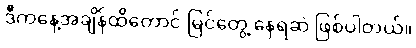
ဒီကနေ့အချိန်ထိတောင် မြင်တွေ့ နေရဆဲ ဖြစ်ပါတယ်။